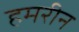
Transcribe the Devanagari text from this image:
हमरीन